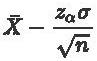
$\bar{X}-\frac{z_{\alpha}\sigma}{\sqrt{n}}$